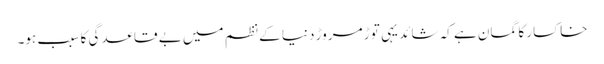
خاکسار کا گمان ہے کہ شائد یہی توڑ مروڑ دنیا کے نظم میں بے قاعدگی کا سبب ہو۔